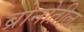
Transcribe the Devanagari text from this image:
ब्रोनोतील